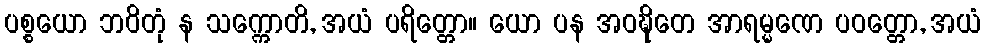
ပစ္စယော ဘဝိတုံ န သက္ကောတိ, အယံ ပရိတ္တော။ ယော ပန အဝဍ္ဎိတေ အာရမ္မဏေ ပဝတ္တော, အယံ